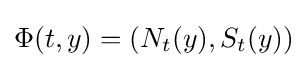
\Phi (t,y)=(N_{t}(y),S_{t}(y))